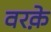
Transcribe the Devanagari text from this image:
वरक़े